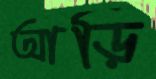
আড়ি